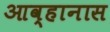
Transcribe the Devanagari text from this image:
आव्हानास